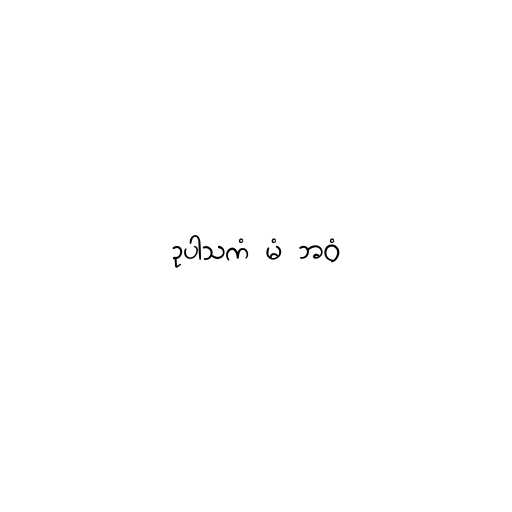
ဥပါသကံ မံ ဘဝံ